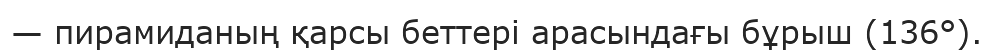
— пирамиданың қарсы беттері арасындағы бұрыш (136°).